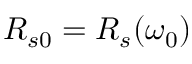
R _ { s 0 } = R _ { s } ( \omega _ { 0 } )